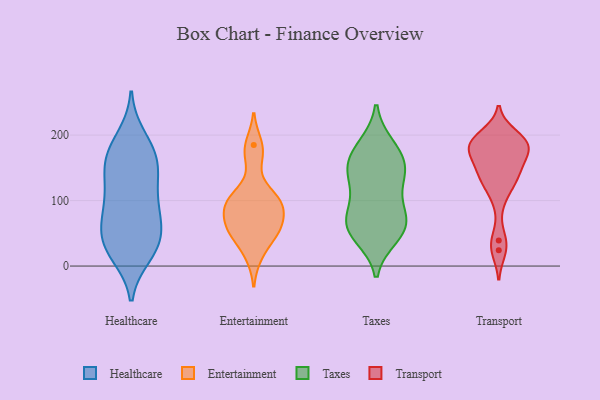
{"axis": {"x": "Market Share (%)", "y": "Value"}, "legend": ["Entertainment", "Healthcare", "Taxes", "Transport"], "data": [{"x": "", "y": 33, "type": "Healthcare"}, {"x": "", "y": 88, "type": "Healthcare"}, {"x": "", "y": 148, "type": "Healthcare"}, {"x": "", "y": 30, "type": "Healthcare"}, {"x": "", "y": 81, "type": "Healthcare"}, {"x": "", "y": 149, "type": "Healthcare"}, {"x": "", "y": 159, "type": "Healthcare"}, {"x": "", "y": 18, "type": "Healthcare"}, {"x": "", "y": 52, "type": "Healthcare"}, {"x": "", "y": 177, "type": "Healthcare"}, {"x": "", "y": 69, "type": "Healthcare"}, {"x": "", "y": 130, "type": "Healthcare"}, {"x": "", "y": 184, "type": "Healthcare"}, {"x": "", "y": 197, "type": "Healthcare"}, {"x": "", "y": 36, "type": "Healthcare"}, {"x": "", "y": 104, "type": "Healthcare"}, {"x": "", "y": 103, "type": "Healthcare"}, {"x": "", "y": 55, "type": "Healthcare"}, {"x": "", "y": 17, "type": "Healthcare"}, {"x": "", "y": 158, "type": "Healthcare"}, {"x": "", "y": 52, "type": "Entertainment"}, {"x": "", "y": 168, "type": "Entertainment"}, {"x": "", "y": 185, "type": "Entertainment"}, {"x": "", "y": 56, "type": "Entertainment"}, {"x": "", "y": 62, "type": "Entertainment"}, {"x": "", "y": 89, "type": "Entertainment"}, {"x": "", "y": 108, "type": "Entertainment"}, {"x": "", "y": 52, "type": "Entertainment"}, {"x": "", "y": 98, "type": "Entertainment"}, {"x": "", "y": 101, "type": "Entertainment"}, {"x": "", "y": 88, "type": "Entertainment"}, {"x": "", "y": 17, "type": "Entertainment"}, {"x": "", "y": 144, "type": "Taxes"}, {"x": "", "y": 156, "type": "Taxes"}, {"x": "", "y": 67, "type": "Taxes"}, {"x": "", "y": 82, "type": "Taxes"}, {"x": "", "y": 79, "type": "Taxes"}, {"x": "", "y": 124, "type": "Taxes"}, {"x": "", "y": 156, "type": "Taxes"}, {"x": "", "y": 65, "type": "Taxes"}, {"x": "", "y": 154, "type": "Taxes"}, {"x": "", "y": 120, "type": "Taxes"}, {"x": "", "y": 55, "type": "Taxes"}, {"x": "", "y": 45, "type": "Taxes"}, {"x": "", "y": 184, "type": "Taxes"}, {"x": "", "y": 50, "type": "Taxes"}, {"x": "", "y": 183, "type": "Taxes"}, {"x": "", "y": 180, "type": "Transport"}, {"x": "", "y": 39, "type": "Transport"}, {"x": "", "y": 136, "type": "Transport"}, {"x": "", "y": 200, "type": "Transport"}, {"x": "", "y": 184, "type": "Transport"}, {"x": "", "y": 172, "type": "Transport"}, {"x": "", "y": 136, "type": "Transport"}, {"x": "", "y": 136, "type": "Transport"}, {"x": "", "y": 105, "type": "Transport"}, {"x": "", "y": 24, "type": "Transport"}, {"x": "", "y": 190, "type": "Transport"}, {"x": "", "y": 190, "type": "Transport"}, {"x": "", "y": 155, "type": "Transport"}, {"x": "", "y": 180, "type": "Transport"}]}